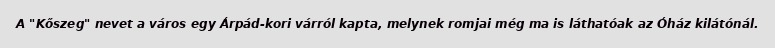
A "Kőszeg" nevet a város egy Árpád-kori várról kapta, melynek romjai még ma is láthatóak az Óház kilátónál.